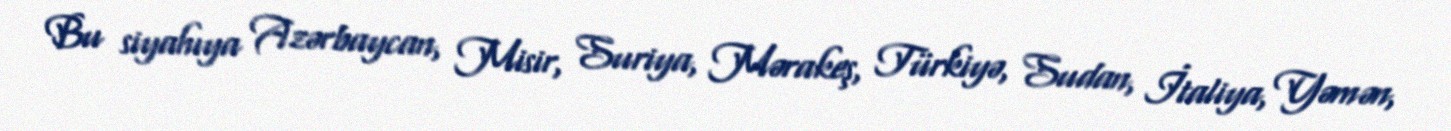
Bu siyahıya Azərbaycan, Misir, Suriya, Mərakeş, Türkiyə, Sudan, İtaliya, Yəmən,